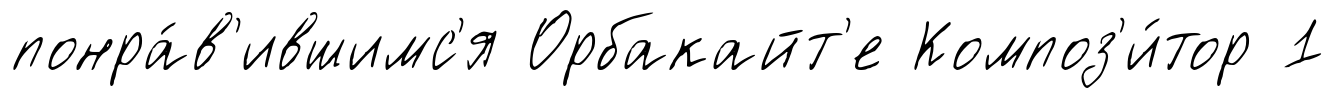
понра́в'ившимс'я Орбакайт'е Композ'и́тор 1